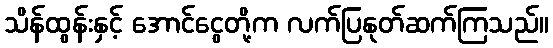
သိန်ထွန်းနှင့် အောင်ငွေတို့က လက်ပြနုတ်ဆက်ကြသည်။